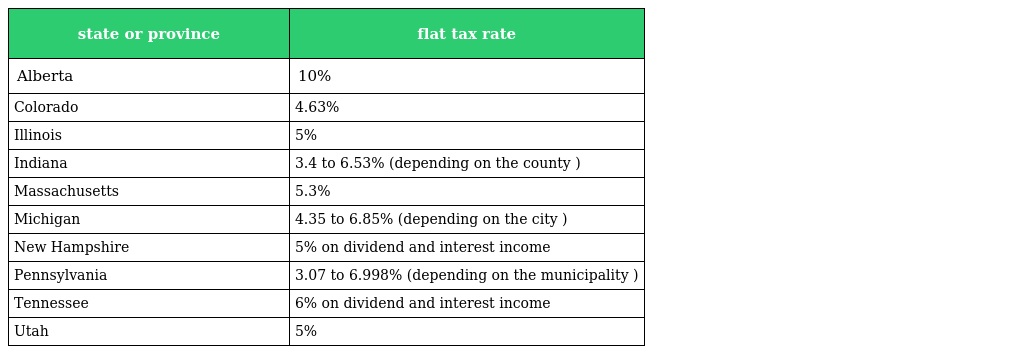
| state or province | flat tax rate |
 | --- | --- |
 | Alberta | 10% |
 | Colorado | 4.63% |
 | Illinois | 5% |
 | Indiana | 3.4 to 6.53% (depending on the county ) |
 | Massachusetts | 5.3% |
 | Michigan | 4.35 to 6.85% (depending on the city ) |
 | New Hampshire | 5% on dividend and interest income |
 | Pennsylvania | 3.07 to 6.998% (depending on the municipality ) |
 | Tennessee | 6% on dividend and interest income |
 | Utah | 5% |